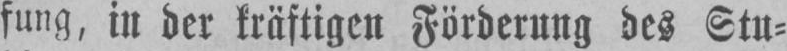
fung, in der kräftigen Förderung des Stu⸗